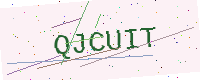
Text: QJCUIT